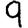
Digit: 9